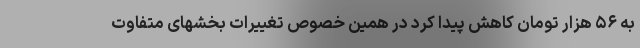
به ۵۶ هزار تومان کاهش پیدا کرد در همین خصوص تغییرات بخشهای متفاوت